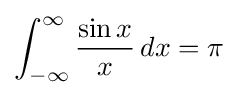
\int _{-\infty }^{\infty }{\frac {\sin x}{x}}\,dx=\pi